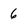
Character: 6